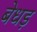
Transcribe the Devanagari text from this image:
बेधड़